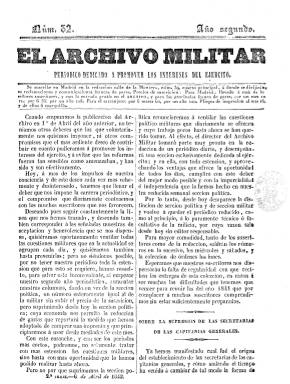
Título: El Archivo militar (1842)
Colección: Fuerzas armadas
Ámbito geográfico: Madrid
Lugar de publicación: Madrid
Fechas: 06/04/1842-10/10/1850

El periódico que había empezado a publicar el escritor jurídico militar Antonio Vallecillo Luján (1807-1880) en abril de 1841 y que entre septiembre de ese año y marzo del siguiente se había escindido en dos semanarios (con las denominaciones respectivas Sección militar y Sección política), vuelve de nuevo a editarse bajo esta unívoca cabecera a partir del seis de abril de 1842. Lo hace con la indicación de la misma secuencia (Segunda serie), pero siguiendo la numeración de la Sección militar, que había publicado su número 31 y último el 31 de marzo de ese año. Mantendrá, asimismo, el mismo subtítulo: “periódico dedicado a promover los intereses del Ejército” y, aunque suspenda la sección política (y por ello no aparecerá la indicación de su editor responsable), no renunciará tampoco a ventilar las cuestiones político-militares, manteniéndose crítico con las reformas del Ejército emprendidas por el gobierno esparterista.

Al sumar las dos secciones, dándole más extensión a las más estrictamente técnicas, cada entrega será ahora de ocho páginas, apareciendo dos veces a la semana (miércoles y sábado). Los primeros textos de sus números serán artículos de fondo sobre la organización militar española, también iniciará unos apuntes sobre su historia, insertando a continuación textos puramente técnicos sobre táctica, noticias sobre el movimiento del personal y legislación aparecidas en la Gaceta de Madrid, datos estadísticos o listados de los escalafones castrenses. También ofrece noticias varias, curiosidades y anuncios sobre bibliografía militar, y rivalizará en sus críticas al gobierno con el periódico progresista editado por el capitán Eduardo Perrote: La España militar (1841-1842), que había sustituido a El grito del ejército.

En plena sublevación militar que acabará con la regencia del general Baldomero Espartero (1793-1879), el periódico fundado por Vallecillo será suspendido por orden gubernamental e irá siendo sustituido por diferentes títulos, que a su vez también serán consecutivamente suspendidos: El archivo del ejército (que aparece desde el cuatro al 21 de junio de 1843), El archivo de los militares (sólo se conoce su número del 28 de junio) y El archivo de la milicia española (sólo se conoce su número de uno de julio). Tras la marcha al exilio de Espartero el 30 de julio, los redactores de El archivo militar serán los encargados de redactar El boletín del ejército (1843-1846), que, creado por orden del general Francisco Serrano (1810-1885), comienza a publicarse desde el 15 agosto. Así, tras el número 141, de 22 de abril de 1843, la colección de El archivo militar da un salto hasta el uno de marzo de 1849, fecha esta en la que inicia su segunda época, con nueva numeración, aumentando su tamaño, con entregas semanales (jueves) de cuatro páginas.

En su segunda época, además de sus artículos, tendrá las secciones Crónica extranjera y Crónica de provincias, que redactará con noticias procedentes de otros periódicos y a través de corresponsales, así como la sección Gacetilla de la capital, con noticias de Madrid, e incorporará de nuevo un folletín. En esta su segunda época, el periódico de Vallecillo saldrá de diversas imprentas, de la de J.M. Ducazcal, de la de Andrés y Díaz y de la de la viuda de Perinat y compañía. El numero 108, de ocho de octubre de 1850, es el último de la colección. Véanse también todos los títulos citados, en esta Hemeroteca Digital.